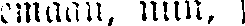
emaan, niin,